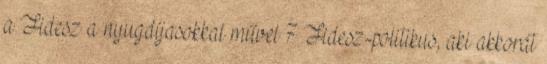
a Fidesz a nyugdíjasokkal művel 7 Fidesz-politikus, aki akkorát